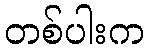
တစ်ပါးက